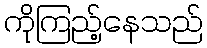
ကိုကြည့်နေသည်